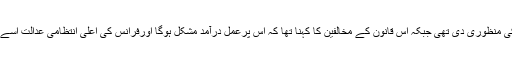
فرانسیسی پارلیمنٹ اسلامی حجاب یا برقع اوڑھنے پر پابندی عاید کرنے کے لیے قانون کی منظوری دی تھی جبکہ اس قانون کے مخالفین کا کہنا تھا کہ اس پرعمل درآمد مشکل ہوگا اورفرانس کی اعلیٰ انتظامی عدالت اسے غیرآئینی قراردے سکتی ہے لیکن ابھی تک اس عدالت نے اس کو غیر آئینی قرار نہیں دیا۔